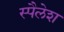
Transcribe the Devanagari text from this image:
स्पैलेश